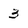
Character: 3